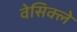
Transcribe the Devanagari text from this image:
वेसिक्ले